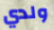
ولدي